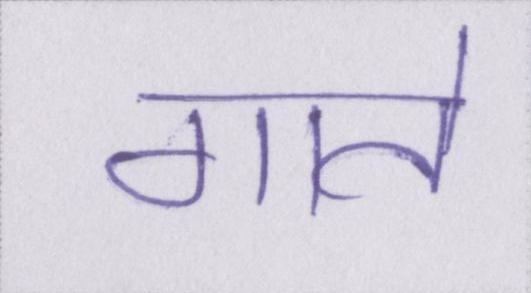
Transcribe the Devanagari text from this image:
गाते